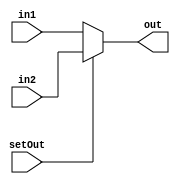
`timescale 1ns / 1ps

module MUX2_32bit (in1, in2, setOut, out);
  input setOut;
  input [31:0] in1, in2;
  output [31:0] out;

  assign out = (setOut == 0) ? in1 : in2;
endmodule

module MUX3 (in1, in2, in3, setOut, out);
  input [31:0] in1, in2, in3;
  input [1:0] setOut;
  
  output [31:0] out;

  assign out = (setOut == 2'd0) ? in1 :
               (setOut == 2'd1) ? in2 : in3;
endmodule